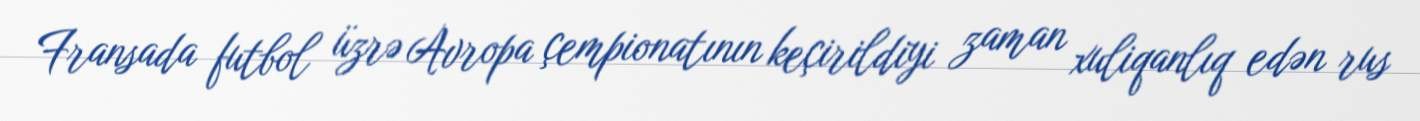
Fransada futbol üzrə Avropa çempionatının keçirildiyi zaman xuliqanlıq edən rus